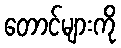
တောင်များကို